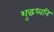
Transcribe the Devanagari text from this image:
शुद्धध्वनि